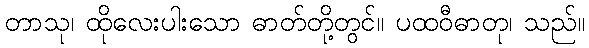
တာသု၊ ထိုလေးပါးသော ဓာတ်တို့တွင်။ ပထဝီဓာတု၊ သည်။